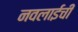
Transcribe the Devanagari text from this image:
नवलाईची